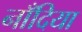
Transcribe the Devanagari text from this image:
नाँदिया